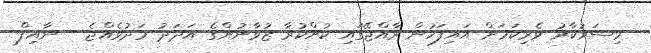
މިސަރުކާރު ވެރިކަމަށް އައިފަހުން ރާއްޖޭގައި ކުށްކުރާ ޒުވާނުންގެ އަދަދު މަދުވެއްޖެ - ނާއިފް